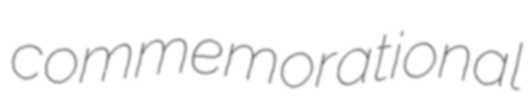
commemorational